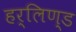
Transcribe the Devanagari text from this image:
हर्लिण्ड